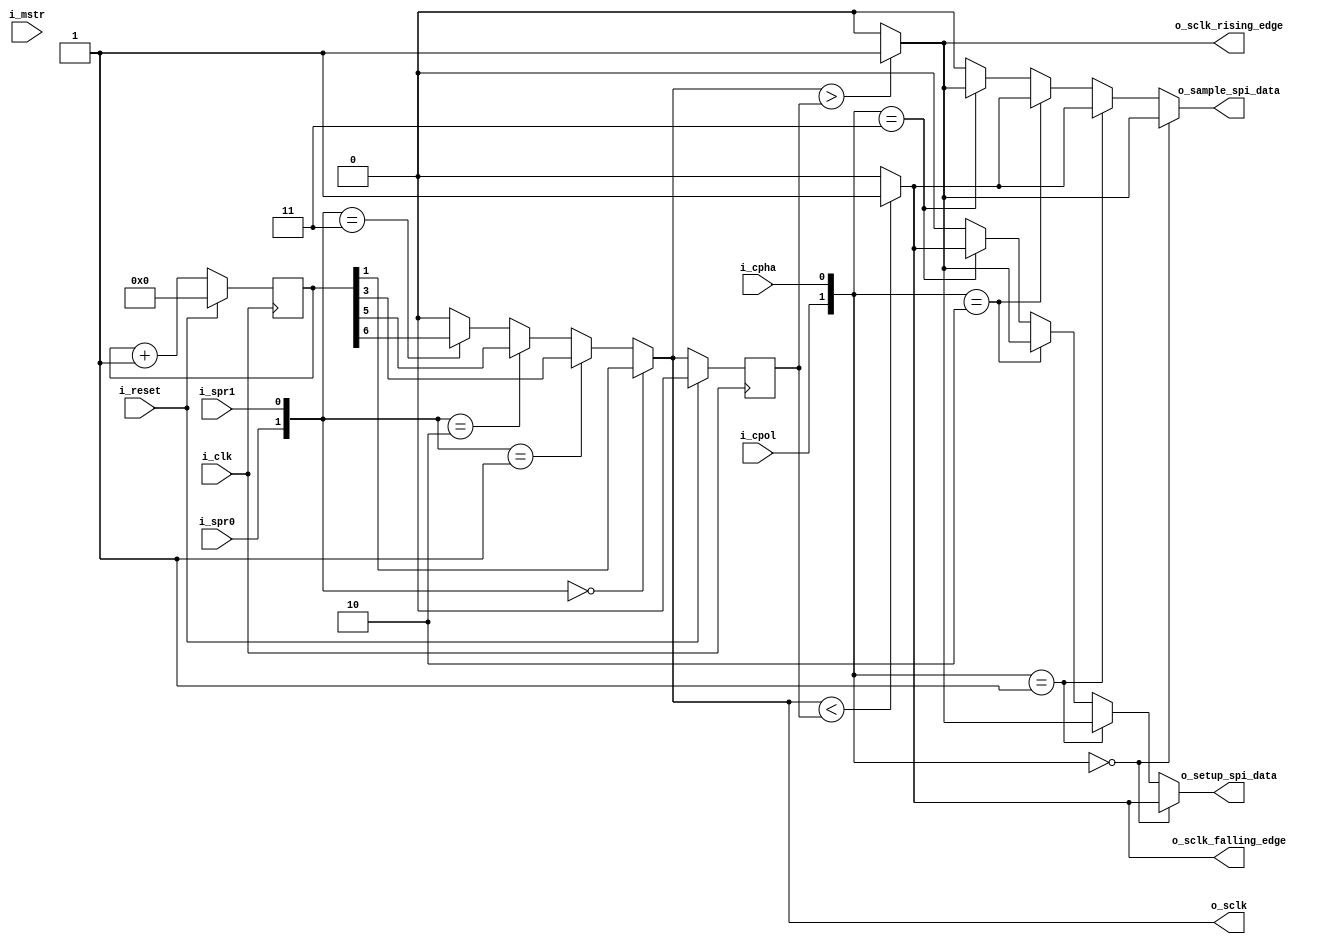
module spi_clock_generator(
    input   i_clk,
    input   i_reset,
    input   i_spr0,
    input   i_spr1,
    input   i_cpol,
    input   i_cpha,
    input   i_mstr,
    output  o_sclk,
    output  o_sclk_rising_edge,
    output  o_sclk_falling_edge,
    output  o_sample_spi_data,
    output  o_setup_spi_data
    );
    reg [6:0] q_spi_sclk_cntr;
	wire w_sclk_internal;
	wire [1:0]w_clk_select;
	reg q_sclk_internal_d1;     
	wire w_sclk_rising_edge_internal;
	wire w_sclk_falling_edge_internal;
	wire w_sample_spi_data_internal;
	wire w_setup_spi_data;
	wire [1:0] w_sample_setup_select;
	always @(posedge i_clk) begin : SCLK_CNTR
		if (i_reset) begin
			q_spi_sclk_cntr <= 7'b0 ;
		end else  begin
			q_spi_sclk_cntr <= q_spi_sclk_cntr + 1;
		end
	end	
	assign w_clk_select={i_spr0,i_spr1};
	assign w_sclk_internal = (w_clk_select==0) ? q_spi_sclk_cntr[1] :
							 (w_clk_select==1) ? q_spi_sclk_cntr[3] :
							 (w_clk_select==2) ? q_spi_sclk_cntr[5] :
							 (w_clk_select==3) ? q_spi_sclk_cntr[6] :
							  0; 
	assign o_sclk = w_sclk_internal;	
	always @(posedge i_clk) begin : SCLK_EDGE_DETECT
		if (i_reset) begin
			q_sclk_internal_d1<=0;
		end
		else begin 
			q_sclk_internal_d1 <=w_sclk_internal;
		end
	end
	assign w_sclk_rising_edge_internal = (w_sclk_internal > q_sclk_internal_d1) ? 1:
										 0;												
	assign o_sclk_rising_edge = w_sclk_rising_edge_internal;
	assign w_sclk_falling_edge_internal = (w_sclk_internal < q_sclk_internal_d1) ? 1:
										 0;												
	assign o_sclk_falling_edge = w_sclk_falling_edge_internal;
	assign w_sample_setup_select={i_cpol,i_cpha};
	assign w_sample_spi_data_internal = (w_sample_setup_select==0) ? w_sclk_rising_edge_internal:
										(w_sample_setup_select==1) ? w_sclk_falling_edge_internal:
										(w_sample_setup_select==2) ? w_sclk_falling_edge_internal:
										(w_sample_setup_select==3) ? w_sclk_rising_edge_internal:
										0;
	assign o_sample_spi_data = w_sample_spi_data_internal;
	assign w_setup_spi_data = 	(w_sample_setup_select==0) ? w_sclk_falling_edge_internal:
								(w_sample_setup_select==1) ? w_sclk_rising_edge_internal:
								(w_sample_setup_select==2) ? w_sclk_rising_edge_internal:
								(w_sample_setup_select==3) ? w_sclk_falling_edge_internal:
								0;
	assign o_setup_spi_data = w_setup_spi_data;
endmodule